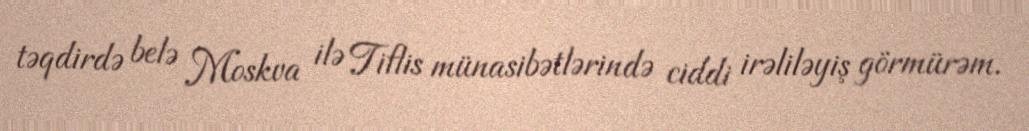
təqdirdə belə Moskva ilə Tiflis münasibətlərində ciddi irəliləyiş görmürəm.